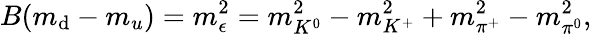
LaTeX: B(m_{\mathrm{d}}-m_{u})=m_{\epsilon}^{2}=m_{K^{0}}^{2}-m_{K^{+}}^{2}+m_{\pi^{+}}^{2}-m_{\pi^{0}}^{2},